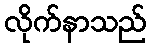
လိုက်နာသည်